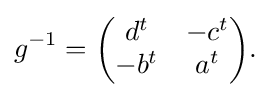
\displaystyle {g^{-1}={\begin{pmatrix}d^{t}&-c^{t}\\-b^{t}&a^{t}\end{pmatrix}}.}